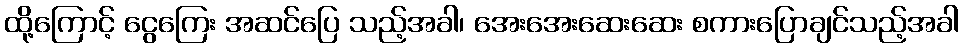
ထို့ကြောင့် ငွေကြေး အဆင်ပြေ သည့်အခါ၊ အေးအေးဆေးဆေး စကားပြောချင်သည့်အခါ